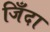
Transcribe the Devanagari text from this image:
जिँदा